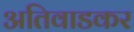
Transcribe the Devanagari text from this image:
अतिवाडकर